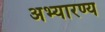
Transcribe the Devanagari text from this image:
अभ्यारण्य